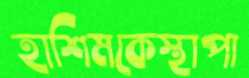
হাশিমকেস্থাপা